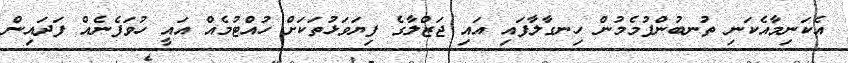
އެކަނިމާއެކަނި ތުނބުންފުމެމުން ހިނގާލާފައި އައި ޖަޒްލާގެ ފިޔަވަޅުތަކަށް ހުއްޓުމެއް އައީ ހުވަފެނެއް ފަދައިން